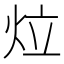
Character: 𤇥